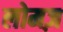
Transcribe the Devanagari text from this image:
लोमज़